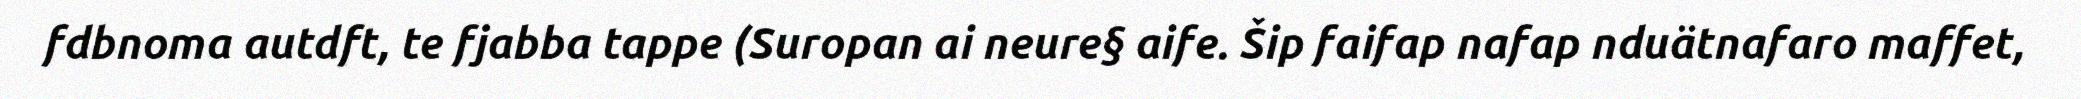
fdbnoma autdft, te fjabba tappe (Suropan ai neure§ aife. Šip faifap nafap nduätnafaro maffet,